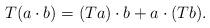
LaTeX: \begin{align*} T(a\cdot b)=(Ta)\cdot b+a\cdot (Tb).\end{align*}